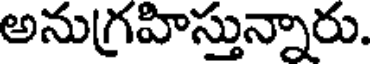
అనుగ్రహిస్తున్నారు.